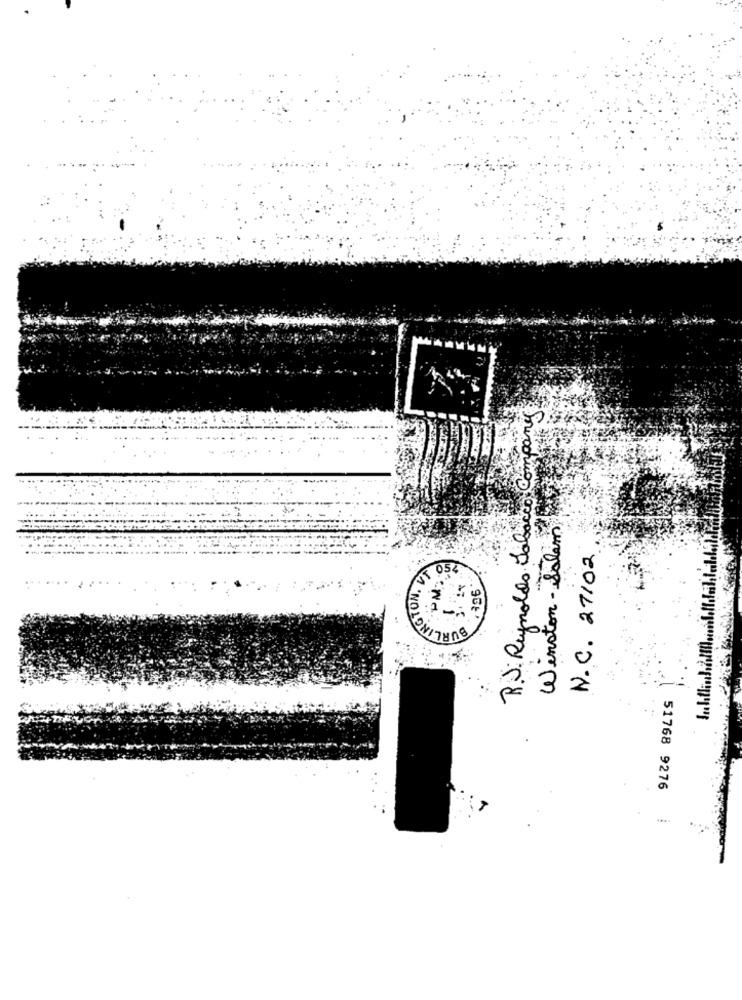
R.J. Reynolds Tobacco Company
Winston - Salem
N. C. 27102
AT OS
51768 9276